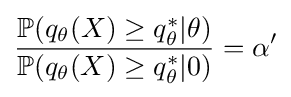
{\frac {\mathbb {P} (q_{\theta }(X)\geq q_{\theta }^{*}|\theta )}{\mathbb {P} (q_{\theta }(X)\geq q_{\theta }^{*}|0)}}=\alpha '